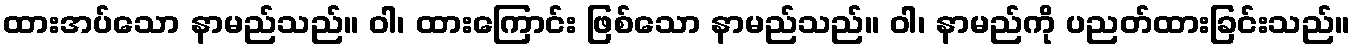
ထားအပ်သော နာမည်သည်။ ဝါ၊ ထားကြောင်း ဖြစ်သော နာမည်သည်။ ဝါ၊ နာမည်ကို ပညတ်ထားခြင်းသည်။